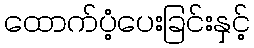
ထောက်ပံ့ပေးခြင်းနှင့်